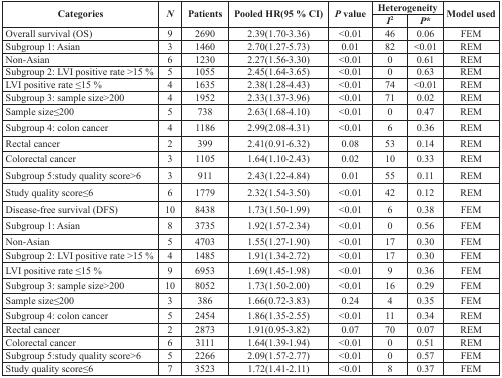
<table><thead><tr><td rowspan="2"><b>Categories</b></td><td rowspan="2"><b><i>N</i></b></td><td rowspan="2"><b>Patients</b></td><td rowspan="2"><b>Pooled HR(95 % CI)</b></td><td rowspan="2"><b><i>P</i> value</b></td><td colspan="2"><b>Heterogeneity</b></td><td rowspan="2"><b>Model used</b></td></tr><tr><td><b><i>I</i><sup>2</sup></b></td><td><b><i>P</i>*</b></td></tr></thead><tbody><tr><td>Overall survival (OS)</td><td>9</td><td>2690</td><td>2.39(1.70-3.36)</td><td>&lt;0.01</td><td>46</td><td>0.06</td><td>FEM</td></tr><tr><td>Subgroup 1: Asian</td><td>3</td><td>1460</td><td>2.70(1.27-5.73)</td><td>0.01</td><td>82</td><td>&lt;0.01</td><td>REM</td></tr><tr><td>Non-Asian</td><td>6</td><td>1230</td><td>2.27(1.56-3.30)</td><td>&lt;0.01</td><td>0</td><td>0.61</td><td>REM</td></tr><tr><td>Subgroup 2: LVI positive rate &gt;15 %</td><td>5</td><td>1055</td><td>2.45(1.64-3.65)</td><td>&lt;0.01</td><td>0</td><td>0.63</td><td>REM</td></tr><tr><td>LVI positive rate ≤15 %</td><td>4</td><td>1635</td><td>2.38(1.28-4.43)</td><td>&lt;0.01</td><td>74</td><td>&lt;0.01</td><td>REM</td></tr><tr><td>Subgroup 3: sample size&gt;200</td><td>4</td><td>1952</td><td>2.33(1.37-3.96)</td><td>&lt;0.01</td><td>71</td><td>0.02</td><td>REM</td></tr><tr><td>Sample size≤200</td><td>5</td><td>738</td><td>2.63(1.68-4.10)</td><td>&lt;0.01</td><td>0</td><td>0.47</td><td>REM</td></tr><tr><td>Subgroup 4: colon cancer</td><td>4</td><td>1186</td><td>2.99(2.08-4.31)</td><td>&lt;0.01</td><td>6</td><td>0.36</td><td>REM</td></tr><tr><td>Rectal cancer</td><td>2</td><td>399</td><td>2.41(0.91-6.32)</td><td>0.08</td><td>53</td><td>0.14</td><td>REM</td></tr><tr><td>Colorectal cancer</td><td>3</td><td>1105</td><td>1.64(1.10-2.43)</td><td>0.02</td><td>10</td><td>0.33</td><td>REM</td></tr><tr><td>Subgroup 5:study quality score&gt;6</td><td>3</td><td>911</td><td>2.43(1.22-4.84)</td><td>0.01</td><td>55</td><td>0.11</td><td>REM</td></tr><tr><td>Study quality score≤6</td><td>6</td><td>1779</td><td>2.32(1.54-3.50)</td><td>&lt;0.01</td><td>42</td><td>0.12</td><td>REM</td></tr><tr><td>Disease-free survival (DFS)</td><td>10</td><td>8438</td><td>1.73(1.50-1.99)</td><td>&lt;0.01</td><td>6</td><td>0.38</td><td>FEM</td></tr><tr><td>Subgroup 1: Asian</td><td>8</td><td>3735</td><td>1.92(1.57-2.34)</td><td>&lt;0.01</td><td>0</td><td>0.56</td><td>FEM</td></tr><tr><td>Non-Asian</td><td>5</td><td>4703</td><td>1.55(1.27-1.90)</td><td>&lt;0.01</td><td>17</td><td>0.30</td><td>FEM</td></tr><tr><td>Subgroup 2: LVI positive rate &gt;15 %</td><td>4</td><td>1485</td><td>1.91(1.34-2.72)</td><td>&lt;0.01</td><td>17</td><td>0.30</td><td>FEM</td></tr><tr><td>LVI positive rate ≤15 %</td><td>9</td><td>6953</td><td>1.69(1.45-1.98)</td><td>&lt;0.01</td><td>9</td><td>0.36</td><td>FEM</td></tr><tr><td>Subgroup 3: sample size&gt;200</td><td>10</td><td>8052</td><td>1.73(1.50-2.00)</td><td>&lt;0.01</td><td>16</td><td>0.29</td><td>FEM</td></tr><tr><td>Sample size≤200</td><td>3</td><td>386</td><td>1.66(0.72-3.83)</td><td>0.24</td><td>4</td><td>0.35</td><td>FEM</td></tr><tr><td>Subgroup 4: colon cancer</td><td>5</td><td>2454</td><td>1.86(1.35-2.55)</td><td>&lt;0.01</td><td>11</td><td>0.34</td><td>REM</td></tr><tr><td>Rectal cancer</td><td>2</td><td>2873</td><td>1.91(0.95-3.82)</td><td>0.07</td><td>70</td><td>0.07</td><td>REM</td></tr><tr><td>Colorectal cancer</td><td>6</td><td>3111</td><td>1.64(1.39-1.94)</td><td>&lt;0.01</td><td>0</td><td>0.51</td><td>REM</td></tr><tr><td>Subgroup 5:study quality score&gt;6</td><td>5</td><td>2266</td><td>2.09(1.57-2.77)</td><td>&lt;0.01</td><td>0</td><td>0.57</td><td>FEM</td></tr><tr><td>Study quality score≤6</td><td>7</td><td>3523</td><td>1.72(1.41-2.11)</td><td>&lt;0.01</td><td>8</td><td>0.37</td><td>FEM</td></tr></tbody></table>